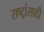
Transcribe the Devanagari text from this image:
राष्ट्रांसाठी